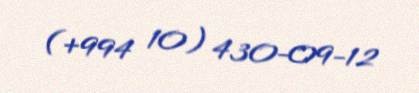
(+994 10) 430-09-12